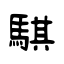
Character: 騏